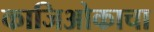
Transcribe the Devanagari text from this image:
काजिओकाचा